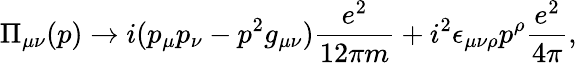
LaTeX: \Pi_{\mu\nu}(p)\rightarrow i(p_{\mu}p_{\nu}-p^{2}g_{\mu\nu})\frac{e^{2}}{12\pi m}+i^{2}\epsilon_{\mu\nu\rho}p^{\rho}\frac{e^{2}}{4\pi},